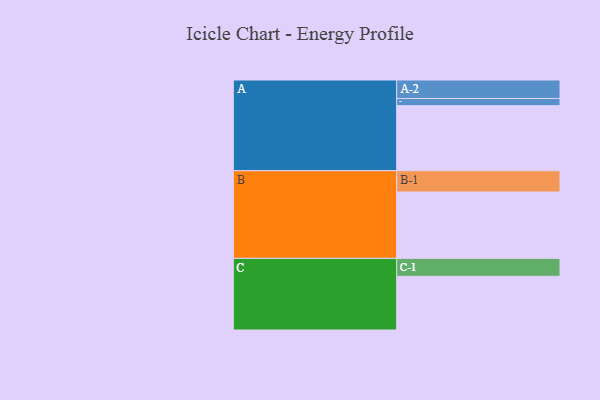
{"axis": {"x": "Segment", "y": "Value"}, "legend": ["", "A", "B", "C"], "data": [{"x": "A", "y": 580, "type": ""}, {"x": "B", "y": 592, "type": ""}, {"x": "C", "y": 479, "type": ""}, {"x": "A-1", "y": 64, "type": "A"}, {"x": "A-2", "y": 165, "type": "A"}, {"x": "B-1", "y": 190, "type": "B"}, {"x": "C-1", "y": 160, "type": "C"}]}